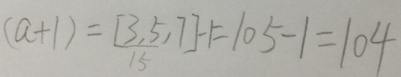
( a + 1 ) = [ \frac { 3 , 5 } { 1 5 } , 7 ] - 1 = 1 0 5 - 1 = 1 0 4